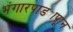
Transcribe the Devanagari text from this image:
भंगारपाड्यापाून